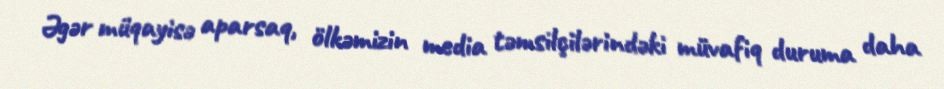
Əgər müqayisə aparsaq, ölkəmizin media təmsilçilərindəki müvafiq duruma daha